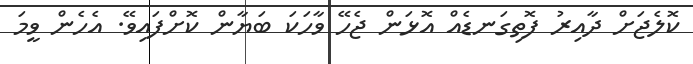
ކޮލެޖަށް ދާއިރު ފޮތިގަނޑެއް އޮޅަން ޖެހޭ ވާހަކަ ބަޔާން ކޮށްފައިވޭ. އެހެން ވީމަ